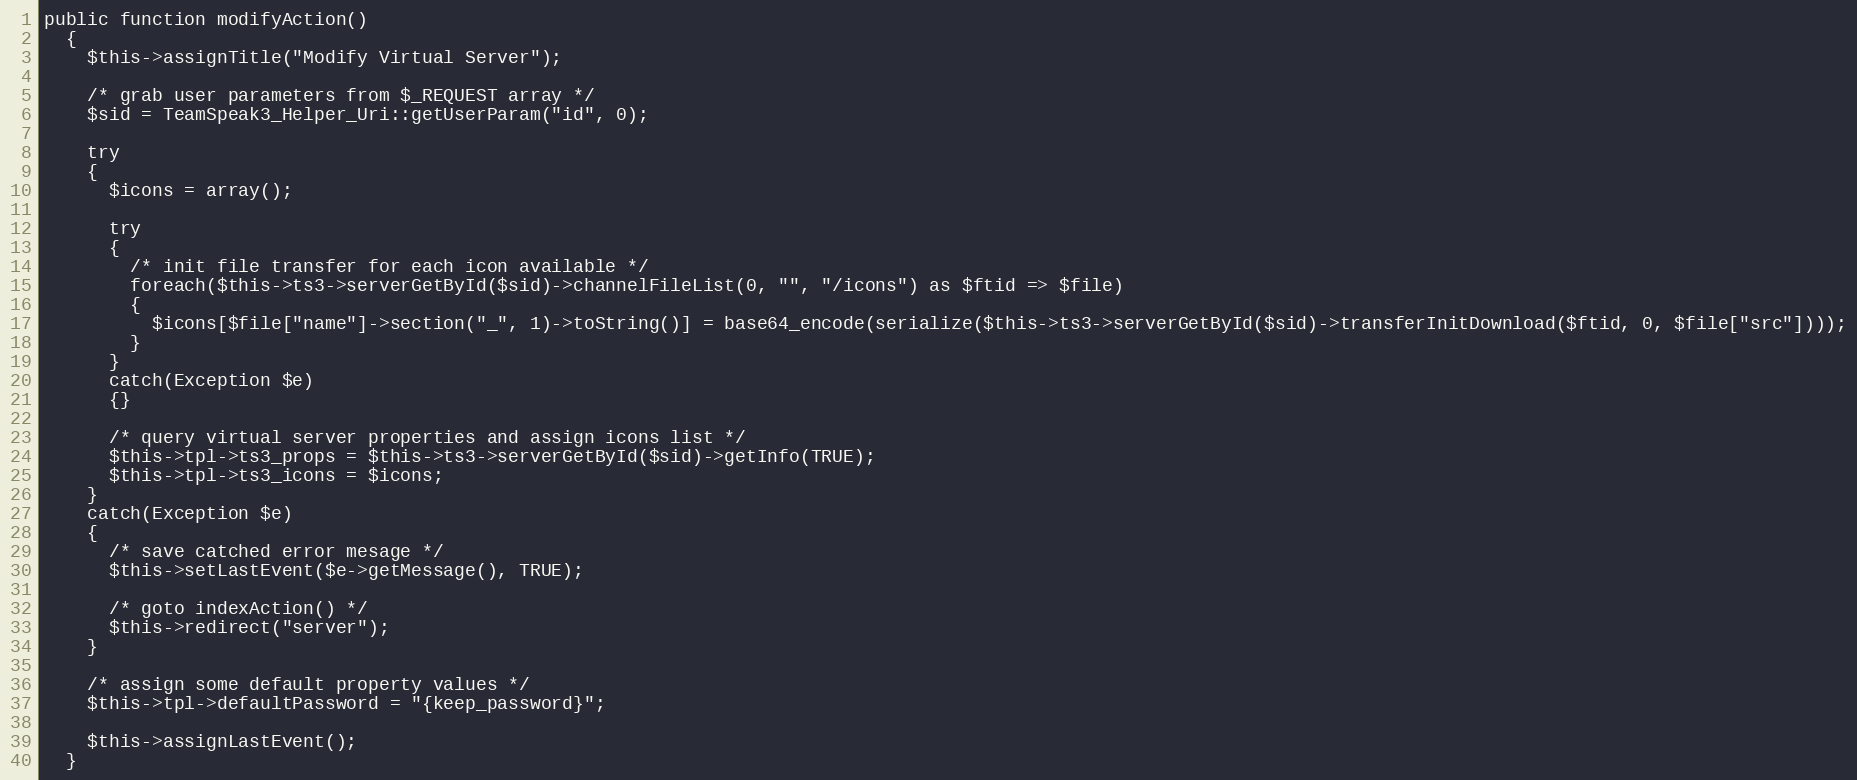
Language: PHP
public function modifyAction()
  {
    $this->assignTitle("Modify Virtual Server");

    /* grab user parameters from $_REQUEST array */
    $sid = TeamSpeak3_Helper_Uri::getUserParam("id", 0);

    try
    {
      $icons = array();

      try
      {
        /* init file transfer for each icon available */
        foreach($this->ts3->serverGetById($sid)->channelFileList(0, "", "/icons") as $ftid => $file)
        {
          $icons[$file["name"]->section("_", 1)->toString()] = base64_encode(serialize($this->ts3->serverGetById($sid)->transferInitDownload($ftid, 0, $file["src"])));
        }
      }
      catch(Exception $e)
      {}

      /* query virtual server properties and assign icons list */
      $this->tpl->ts3_props = $this->ts3->serverGetById($sid)->getInfo(TRUE);
      $this->tpl->ts3_icons = $icons;
    }
    catch(Exception $e)
    {
      /* save catched error mesage */
      $this->setLastEvent($e->getMessage(), TRUE);

      /* goto indexAction() */
      $this->redirect("server");
    }

    /* assign some default property values */
    $this->tpl->defaultPassword = "{keep_password}";

    $this->assignLastEvent();
  }